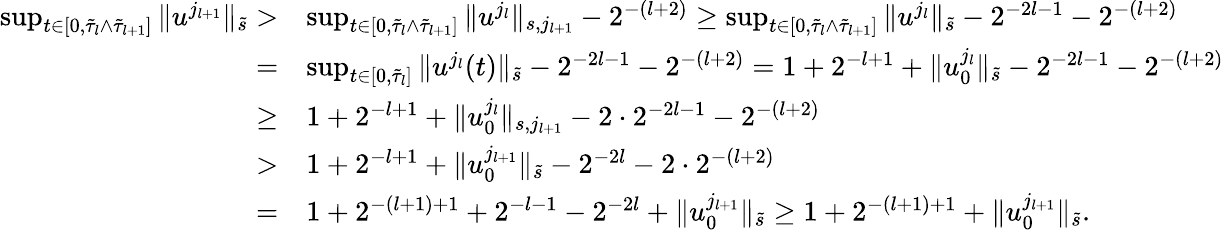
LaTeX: \begin{array}{rl}{\operatorname*{sup}_{t\in[0,\tilde{\tau}_{l}\wedge\tilde{\tau}_{l+1}]}\| u^{j_{l+1}}\| _{\tilde{s}}>}&{\operatorname*{sup}_{t\in[0,\tilde{\tau}_{l}\wedge\tilde{\tau}_{l+1}]}\| u^{j_{l}}\| _{s,j_{l+1}}-2^{-(l+2)}\geq\operatorname*{sup}_{t\in[0,\tilde{\tau}_{l}\wedge\tilde{\tau}_{l+1}]}\| u^{j_{l}}\| _{\tilde{s}}-2^{-2l-1}-2^{-(l+2)}}\\ {=}&{\operatorname*{sup}_{t\in[0,\tilde{\tau}_{l}]}\| u^{j_{l}}(t)\| _{\tilde{s}}-2^{-2l-1}-2^{-(l+2)}=1+2^{-l+1}+\| u_{0}^{j_{l}}\| _{\tilde{s}}-2^{-2l-1}-2^{-(l+2)}}\\ {\geq}&{1+2^{-l+1}+\| u_{0}^{j_{l}}\| _{s,j_{l+1}}-2\cdot 2^{-2l-1}-2^{-(l+2)}}\\ {>}&{1+2^{-l+1}+\| u_{0}^{j_{l+1}}\| _{\tilde{s}}-2^{-2l}-2\cdot 2^{-(l+2)}}\\ {=}&{1+2^{-(l+1)+1}+2^{-l-1}-2^{-2l}+\| u_{0}^{j_{l+1}}\| _{\tilde{s}}\geq 1+2^{-(l+1)+1}+\| u_{0}^{j_{l+1}}\| _{\tilde{s}}.}\end{array}